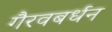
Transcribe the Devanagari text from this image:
गैरवबर्धन